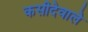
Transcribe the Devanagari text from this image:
कसीदेवाले